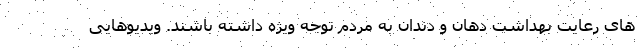
های رعایت بهداشت دهان و دندان به مردم توجه ویژه داشته باشند. ویدیوهایی